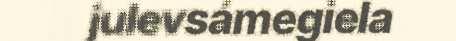
julevsámegiela